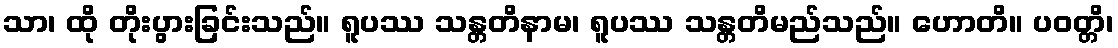
သာ၊ ထို တိုးပွားခြင်းသည်။ ရူပဿ သန္တတိနာမ၊ ရူပဿ သန္တတိမည်သည်။ ဟောတိ။ ပဝတ္တိ၊